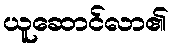
ယူဆောင်လာ၏